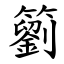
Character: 䉧